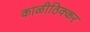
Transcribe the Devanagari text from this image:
काळीठिक्कर